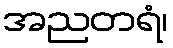
အညတရံ၊